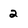
Character: 2